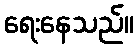
ရေးနေသည်။